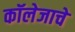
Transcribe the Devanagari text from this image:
कॉलेजाचे